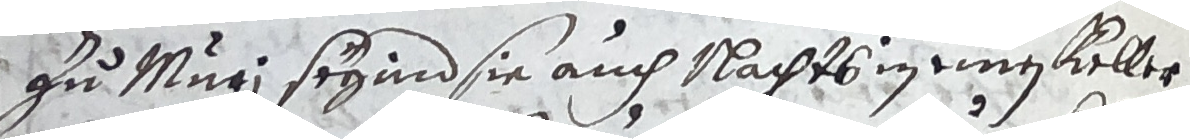
30 zu Muri seyind sie auch nachts in einen keller